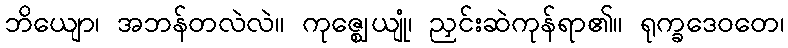
ဘိယျော၊ အဘန်တလဲလဲ။ ကုဇ္ဈေယျုံ၊ ညှင်းဆဲကုန်ရာ၏။ ရုက္ခဒေဝတေ၊